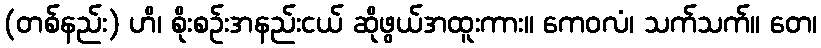
(တစ်နည်း) ဟိ၊ စိုးစဉ်းအနည်းငယ် ဆိုဖွယ်အထူးကား။ ကေဝလံ၊ သက်သက်။ တေ၊